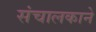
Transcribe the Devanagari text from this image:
संचालकाने